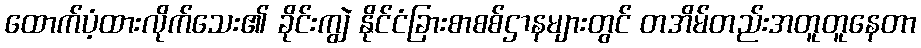
ထောက်ပံ့ထားလိုက်သေး၏ ခိုင်းကျွဲ နိုင်ငံခြားစာစစ်ဌာနများတွင် တအိမ်တည်းအတူတူနေတာ